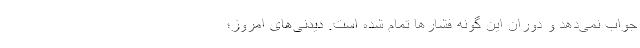
جواب نمی‌دهد و دوران این گونه فشارها تمام شده است. دیدنی‌های امروز؛